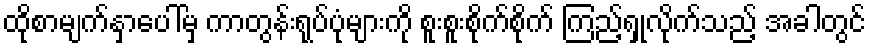
ထိုစာမျက်နှာပေါ်မှ ကာတွန်းရုပ်ပုံများကို စူးစူးစိုက်စိုက် ကြည့်ရှုလိုက်သည့် အခါတွင်